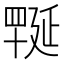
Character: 𦋪